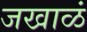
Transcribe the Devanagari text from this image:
जखाळं